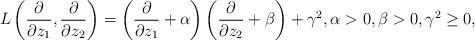
LaTeX: \begin{align*}L\left(\frac{\partial}{\partial z_1}, \frac{\partial}{\partial z_2}\right)=\left( \frac{\partial }{\partial z_1 } +\alpha\right) \left( \frac{\partial }{\partial z_2 } +\beta\right) + \gamma^2, \alpha > 0, \beta > 0, \gamma^2\geq 0,\end{align*}